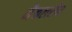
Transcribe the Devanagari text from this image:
मैकलरीन